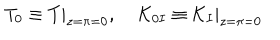
T _ { 0 } \equiv T | _ { z = \pi = 0 } , \; { \cal K } _ { 0 I } \equiv { \cal K } _ { I } | _ { z = \pi = 0 }